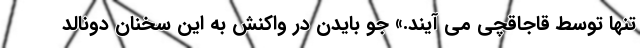
تنها توسط قاجاقچی می آیند.» جو بایدن در واکنش به این سخنان دونالد